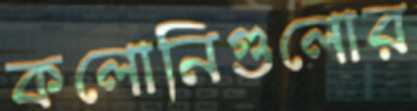
কলোনিগুলোর